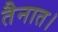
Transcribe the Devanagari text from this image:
तैनात।